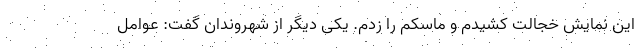
این نمایش خجالت کشیدم و ماسکم را زدم. یکی دیگر از شهروندان گفت: عوامل